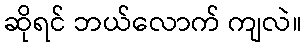
ဆိုရင် ဘယ်လောက် ကျလဲ။